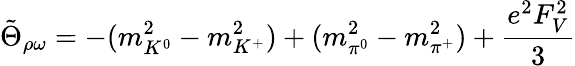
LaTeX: \tilde{\Theta}_{\rho\omega}=-(m_{K^{0}}^{2}-m_{K^{+}}^{2})+(m_{\pi^{0}}^{2}-m_{\pi^{+}}^{2})+\frac{e^{2}F_{V}^{2}}{3}